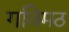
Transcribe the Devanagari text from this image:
गविमठ